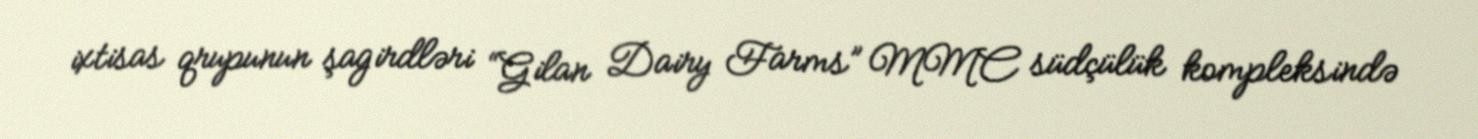
ixtisas qrupunun şagirdləri “Gilan Dairy Farms” MMC südçülük kompleksində